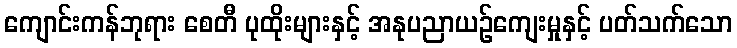
ကျောင်းကန်ဘုရား စေတီ ပုထိုးများနှင့် အနုပညာယဉ်ကျေးမှုနှင့် ပတ်သက်သော